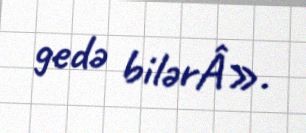
gedə bilərÂ».